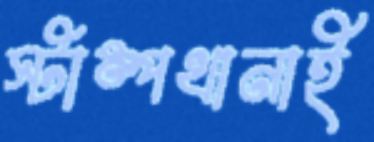
স্টাম্পখানাই